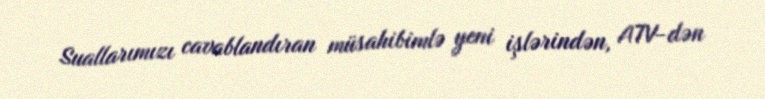
Suallarımızı cavablandıran müsahibimlə yeni işlərindən, ATV-dən